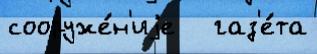
сооруже́н'иjе   газ'е́та